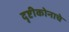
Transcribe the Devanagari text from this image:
दृष्टीकोनाचे